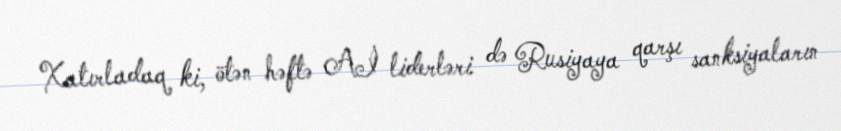
Xatırladaq ki, ötən həftə Aİ liderləri də Rusiyaya qarşı sanksiyaların